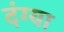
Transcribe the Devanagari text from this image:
दंग्या